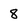
Character: 8